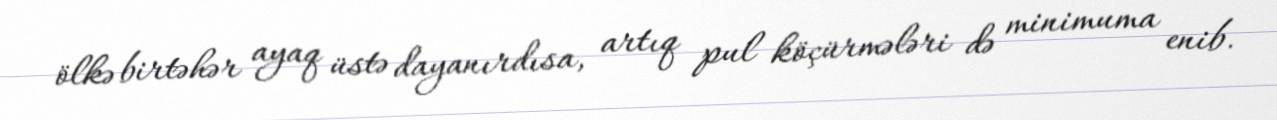
ölkə birtəhər ayaq üstə dayanırdısa, artıq pul köçürmələri də minimuma enib.